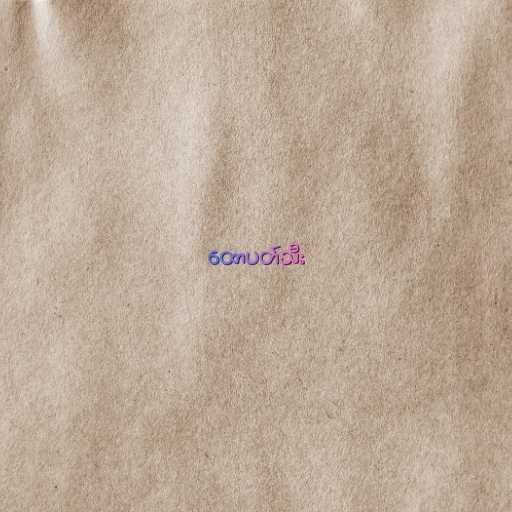
ထောပတ်သီး